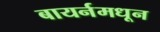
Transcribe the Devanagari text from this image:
बायर्नमधून